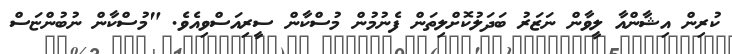
ކުރިން އިޝާންއާ ލީވާން ނަޒަރު ބަދަލުކޮށްލިތަން ފެނުމުން މުސްކާން ސީރިއަސްވިއެވެ. "މުސްކާން ނުބުންޏަސް